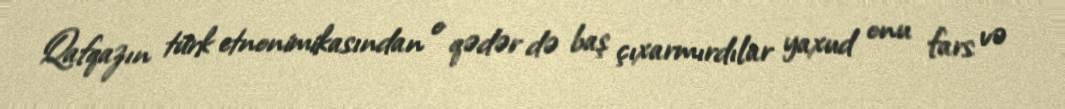
Qafqazın türk etnonimikasından o qədər də baş çıxarmırdılar yaxud onu fars və